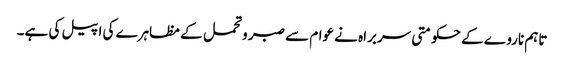
تاہم ناروے کے حکومتی سربراہ نے عوام سے صبر و تحمل کے مظاہرے کی اپیل کی ہے۔